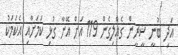
އަދި ބުނީ ޝީރީން ގެއްލިގެން 119 އަށް އޭނާ ގުޅި ކަމަށާއި އެކަމަކު